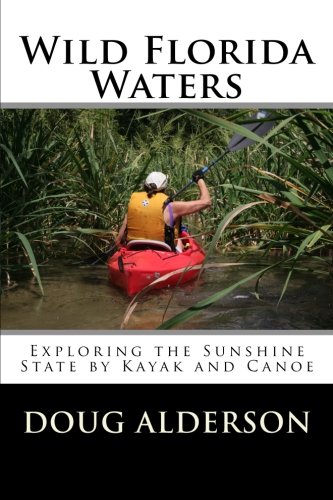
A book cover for Wild Florida Waters: Exploring the Sunshine State by Kayak and Canoe; Doug Alderson; Sports & Outdoors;